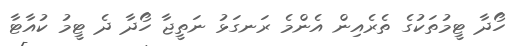
ހޯދާ ޓީމުތަކުގެ ތެރެއިން އެންމެ ރަނގަޅު ނަތީޖާ ހޯދާ ދެ ޓީމު ކުއާޓާ